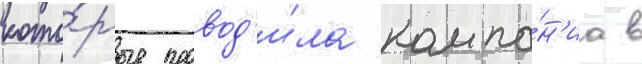
кото́рые провод'и́ла компа́н'иа в